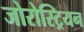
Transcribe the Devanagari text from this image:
जोरोस्ट्रियन